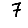
Digit: 7